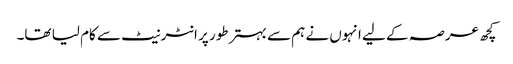
کچھ عرصہ کے لیے انہوں نے ہم سے بہتر طور پر انٹرنیٹ سے کام لیا تھا۔